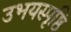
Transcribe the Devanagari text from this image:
उभयस्पृष्ठि